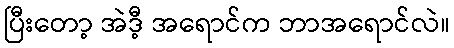
ပြီးတော့ အဲဒီ့ အရောင်က ဘာအရောင်လဲ။